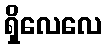
ရှိလေလေ